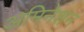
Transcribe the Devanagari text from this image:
अमिनेशन